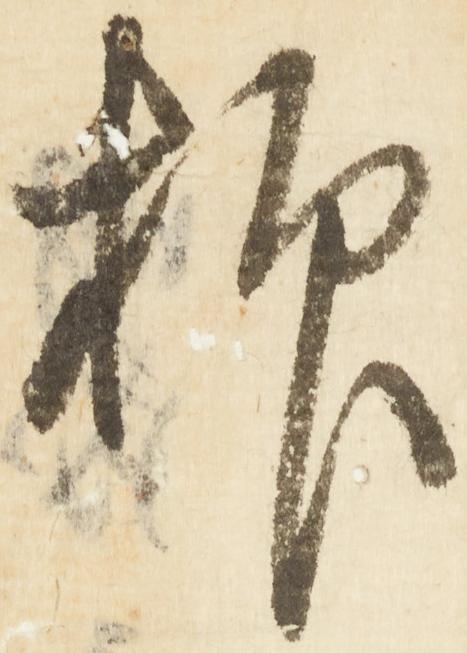
抑